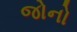
જોનો